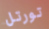
تورتل